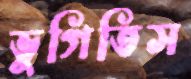
ভুগিতিস